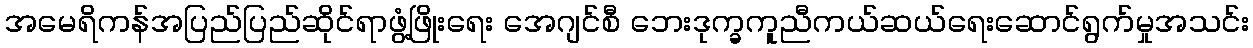
အမေရိကန်အပြည်ပြည်ဆိုင်ရာဖွံ့ဖြိုးရေး အေဂျင်စီ ဘေးဒုက္ခကူညီကယ်ဆယ်ရေးဆောင်ရွက်မှုအသင်း